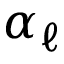
\alpha _ { \ell }